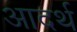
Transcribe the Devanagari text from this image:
आदर्थ